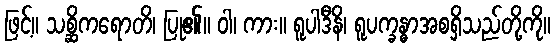
ဖြင့်။ သစ္ဆိကရောတိ၊ ပြု၏။ ဝါ၊ ကား။ ရူပါဒီနိ၊ ရူပက္ခန္ဓာအစရှိသည်တို့ကို။